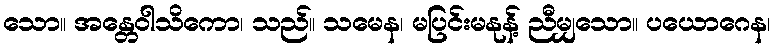
သော။ အန္တေဝါသိကော၊ သည်။ သမေန၊ မပြင်းမနုန့် ညီမျှသော။ ပယောဂေန၊